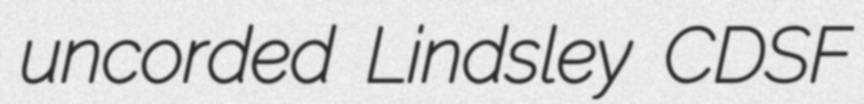
uncorded Lindsley CDSF